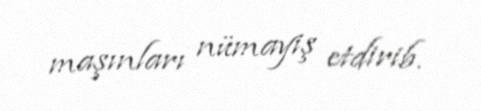
maşınları nümayiş etdirib.